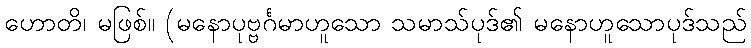
ဟောတိ၊ မဖြစ်။ (မနောပုဗ္ဗင်္ဂမာဟူသော သမာသ်ပုဒ်၏ မနောဟူသောပုဒ်သည်